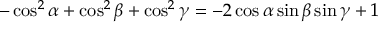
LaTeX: - \cos ^ { 2 } \alpha + \cos ^ { 2 } \beta + \cos ^ { 2 } \gamma = - 2 \cos \alpha \sin \beta \sin \gamma + 1